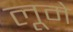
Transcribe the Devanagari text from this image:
लूमे